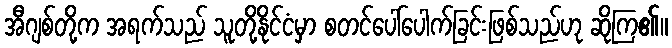
အီဂျစ်တို့က အရက်သည် သူတို့နိုင်ငံမှာ စတင်ပေါ်ပေါက်ခြင်းဖြစ်သည်ဟု ဆိုကြ၏။